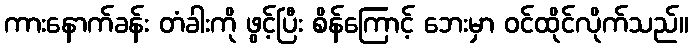
ကားနောက်ခန်း တံခါးကို ဖွင့်ပြီး စိန်ကြောင့် ဘေးမှာ ဝင်ထိုင်လိုက်သည်။